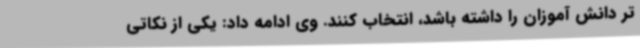
تر دانش آموزان را داشته باشد، انتخاب کنند. وی ادامه داد: یکی از نکاتی